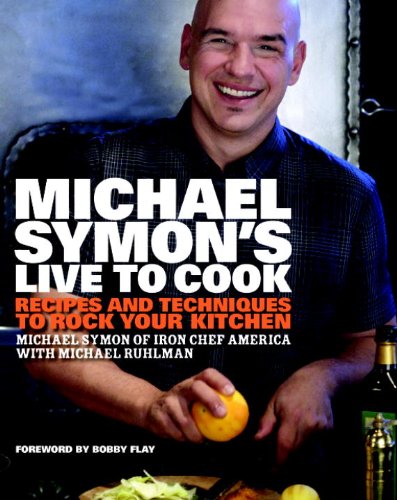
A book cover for Michael Symon's Live to Cook: Recipes and Techniques to Rock Your Kitchen; Michael Symon; Cookbooks, Food & Wine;